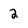
Character: 2